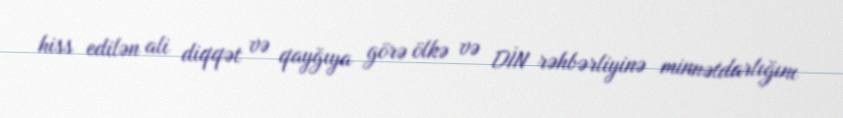
hiss edilən ali diqqət və qayğıya görə ölkə və DİN rəhbərliyinə minnətdarlığını